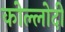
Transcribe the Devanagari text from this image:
कोल्लोदी